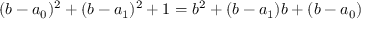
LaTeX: ( b - a _ { 0 } ) ^ { 2 } + ( b - a _ { 1 } ) ^ { 2 } + 1 = b ^ { 2 } + ( b - a _ { 1 } ) b + ( b - a _ { 0 } )